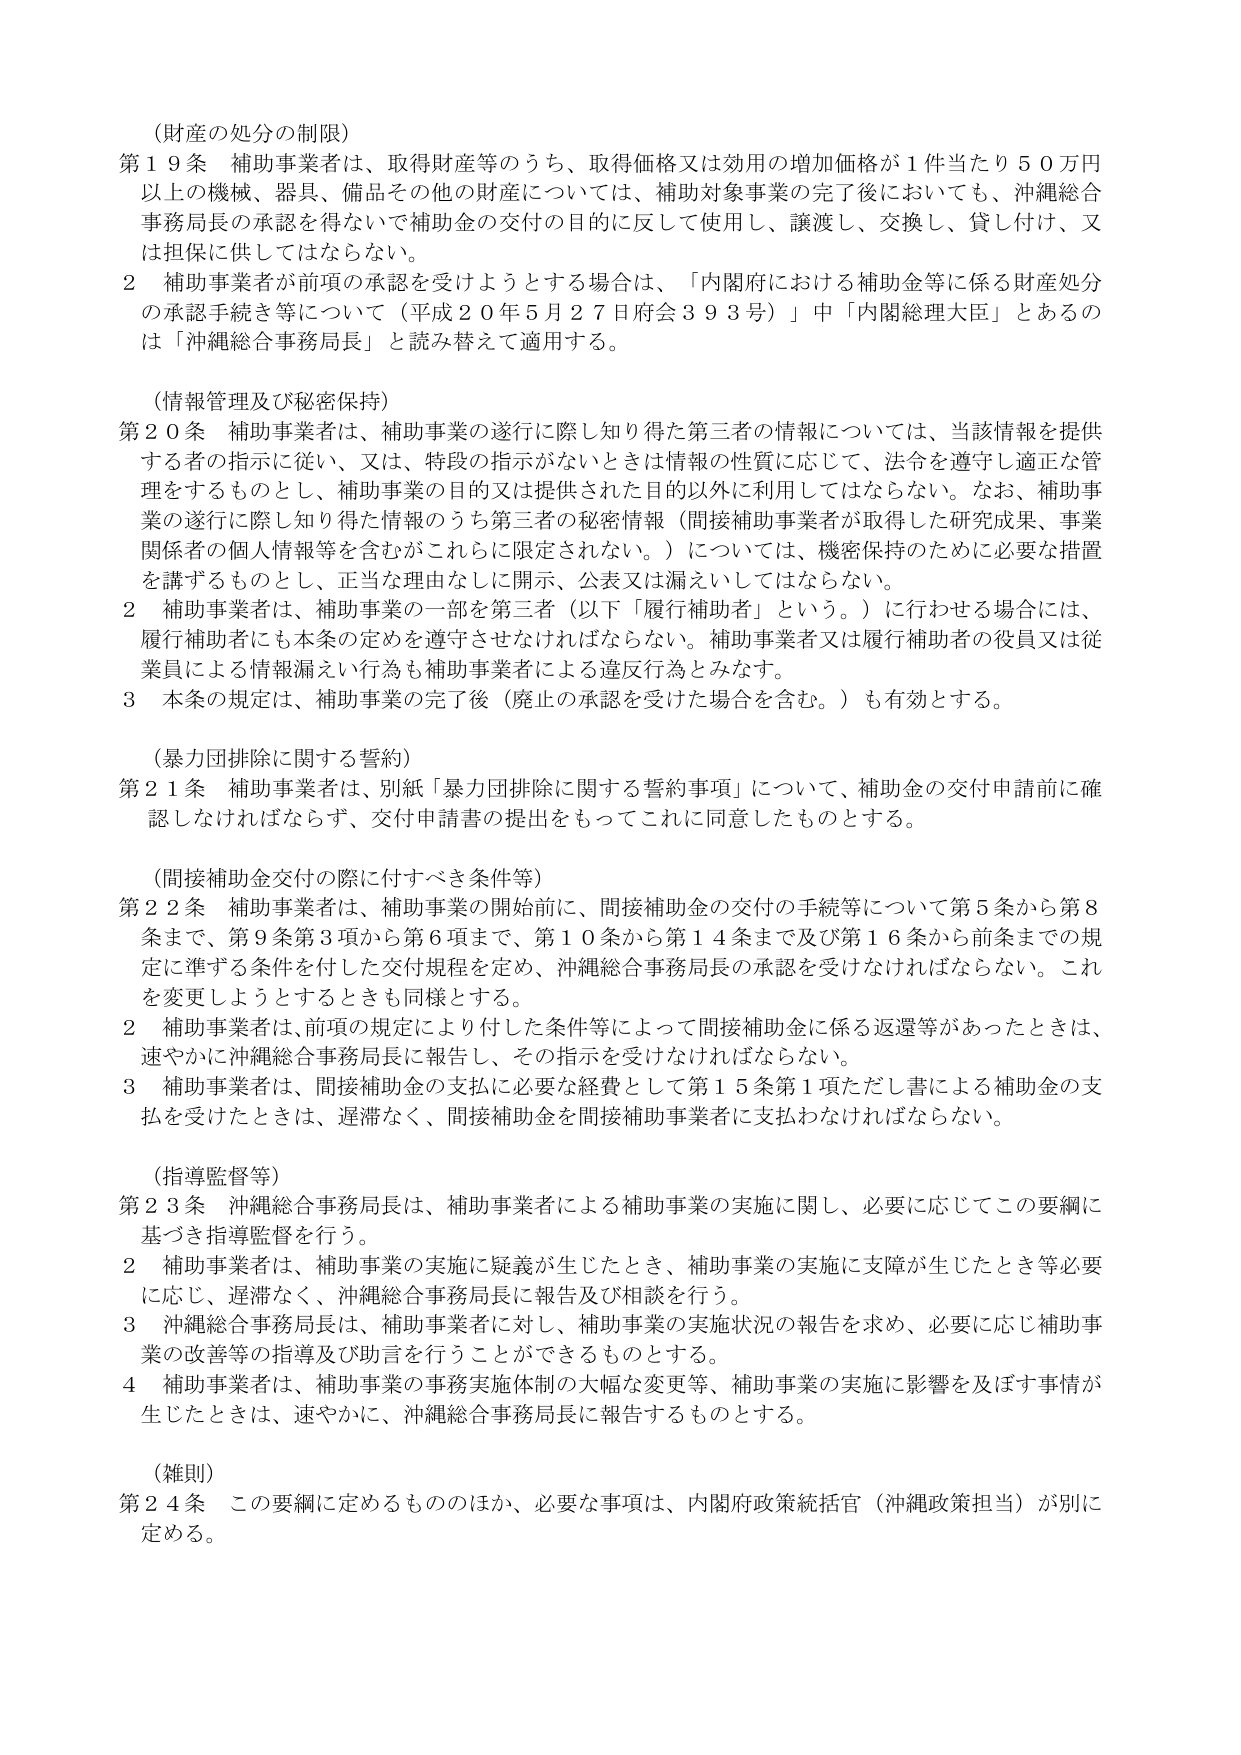
（財産の処分の制限）
第１９条 補助事業者は、取得財産等のうち、取得価格又は効用の増加価格が１件当たり５０万円以上の機械、器具、備品その他の財産については、補助対象事業の完了後においても、沖縄総合事務局長の承認を得ないで補助金の交付の目的に反して使用し、譲渡し、交換し、貸し付け、又は担保に供してはならない。
２ 補助事業者が前項の承認を受けようとする場合は、「内閣府における補助金等に係る財産処分の承認手続等について（平成２０年５月２７日府会３９３号）」中「内閣総理大臣」とあるのは「沖縄総合事務局長」と読み替えて適用する。

（情報管理及び秘密保持）
第２０条 補助事業者は、補助事業の遂行に際し知り得た第三者の情報については、当該情報を提供する者の指示に従い、又は、特段の指示がないときは情報の性質に応じて、法令を遵守し適正な管理をするものとし、補助事業の目的又は提供された目的以外に利用してはならない。なお、補助事業の遂行に際し知り得た情報のうち第三者の秘密情報（間接補助事業者が取得した研究成果、事業関係者の個人情報等を含むがこれらに限定されない。）については、機密保持のために必要な措置を講ずるものとし、正当な理由なしに開示、公表又は漏えいしてはならない。
２ 補助事業者は、補助事業の一部を第三者（以下「履行補助者」という。）に行わせる場合には、履行補助者にも本条の定めを遵守させなければならない。補助事業者又は履行補助者の役員又は従業員による情報漏えい行為も補助事業者による違反行為とみなす。
３ 本条の規定は、補助事業の完了後（廃止の承認を受けた場合を含む。）も有効とする。

（暴力団排除に関する誓約）
第２１条 補助事業者は、別紙「暴力団排除に関する誓約事項」について、補助金の交付申請前に確認しなければならず、交付申請書の提出をもってこれに同意したものとする。

（間接補助金交付の際に付すべき条件等）
第２２条 補助事業者は、補助事業の開始前に、間接補助金の交付の手続等について第５条から第８条まで、第９条第３項から第６項まで、第１０条から第１４条まで及び第１６条から前条までの規定に準ずる条件を付した交付規程を定め、沖縄総合事務局長の承認を受けなければならない。これを変更しようとするときも同様とする。
２ 補助事業者は、前項の規定により付した条件等によって間接補助金に係る返還等があったときは、速やかに沖縄総合事務局長に報告し、その指示を受けなければならない。
３ 補助事業者は、間接補助金の支払に必要な経費として第１５条第１項ただし書による補助金の支払を受けたときは、遅滞なく、間接補助金を間接補助事業者に支払わなければならない。

（指導監督等）
第２３条 沖縄総合事務局長は、補助事業者による補助事業の実施に関し、必要に応じてこの要綱に基づき指導監督を行う。
２ 補助事業者は、補助事業の実施に疑義が生じたとき、補助事業の実施に支障が生じたとき等必要に応じ、遅滞なく、沖縄総合事務局長に報告及び相談を行う。
３ 沖縄総合事務局長は、補助事業者に対し、補助事業の実施状況の報告を求め、必要に応じ補助事業の改善等の指導及び助言を行うことができるものとする。
４ 補助事業者は、補助事業の事務実施体制の大幅な変更等、補助事業の実施に影響を及ぼす事情が生じたときは、速やかに、沖縄総合事務局長に報告するものとする。

（雑則）
第２４条 この要綱に定めるもののほか、必要な事項は、内閣府政策統括官（沖縄政策担当）が別に定める。